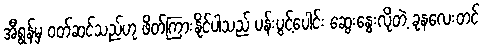
အီရွန်မှ ဝတ်ဆင်သည်ဟု ဖိတ်ကြားနိုင်ပါသည် ပန်းပွင့်ပေါင်း ဆွေးနွေးလိုတဲ့ ခုနလေးတင်